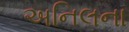
અનિલના